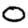
Digit: 0